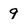
Character: 9